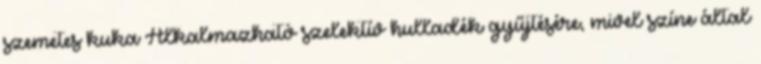
szemetes kuka Alkalmazható szelektív hulladék gyűjtésére, mivel színe által